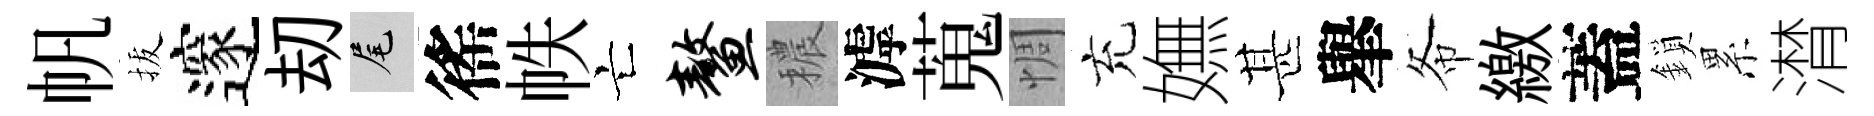
帆拔邃刧尾徭帙亡鳌穠滹蒐惆充嫵甚𦦙𢁙繳蓋鎖累潸